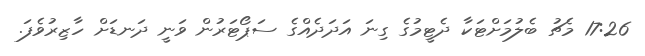
17:26 މެޗު ބެލުމަށްޓަކާ ދެޓީމުގެ ގިނަ އަދަދެއްގެ ސަޕޯޓަރުން ވަނީ ދަނޑަށް ހާޒިރުވެފަ.